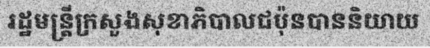
រដ្ឋមន្ត្រីក្រសួងសុខាភិបាលជប៉ុនបាននិយាយ